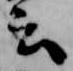
云